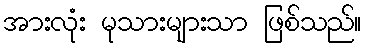
အားလုံး မုသားများသာ ဖြစ်သည်။